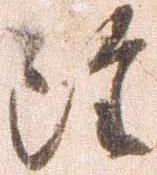
雖